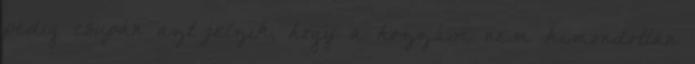
pedig csupán azt jelzik, hogy a hozzám nem kimondottan